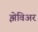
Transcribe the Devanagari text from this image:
झेविअर